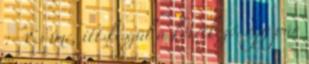
:- És íme, itt készül a következő. egy pár